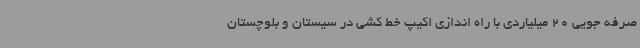
صرفه جویی 20 میلیاردی با راه اندازی اکیپ خط کشی در سیستان و بلوچستان